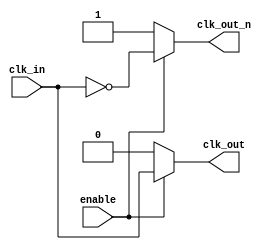
module differential_clock_buffer (
    input wire clk_in,       // Single-ended clock input
    input wire enable,       // Enable signal for power management
    output wire clk_out,     // Non-inverted clock output
    output wire clk_out_n    // Inverted clock output
);
    
    // Internal signal for buffered clock
    wire clk_buff;

    // Use a buffer to reduce loading effects - could be instantiated as a primitive
    // or a custom buffer module. Here we assume a simple buffer for illustration.
    assign clk_buff = clk_in;

    // Generate the non-inverted clock output
    assign clk_out = (enable) ? clk_buff : 1'b0; // Drive high if enabled, else low

    // Generate the inverted clock output
    assign clk_out_n = (enable) ? ~clk_buff : 1'b1; // Inverted output

    // Optionally, you could add a phase adjustment mechanism by adjusting the clk_buff
    // Here we are assuming a simple direct assignment without a phase adjustment.

    // Add tests for clock output
    initial begin
        $monitor("clk_in: %b, clk_out: %b, clk_out_n: %b", clk_in, clk_out, clk_out_n);
    end

endmodule